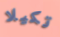
تكيلا